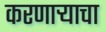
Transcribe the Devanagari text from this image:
करणाऱ्याचा